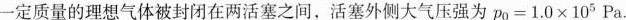
一定质量的理想气体被封闭在两活塞之间，活塞外侧大气压强为$$p _ { 0 } = 1 . 0 \times 1 0 ^ { 5 } P a$.